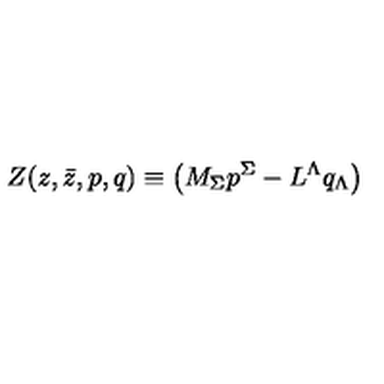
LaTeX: Z ( z , \bar { z } , { p } , { q } ) \equiv \left( M _ { \Sigma } { p } ^ { \Sigma } - L ^ { \Lambda } { q } _ { \Lambda } \right)